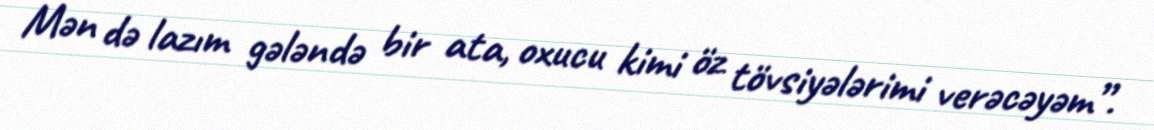
Mən də lazım gələndə bir ata, oxucu kimi öz tövsiyələrimi verəcəyəm”.